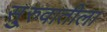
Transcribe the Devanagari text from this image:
सु्रुवातीला